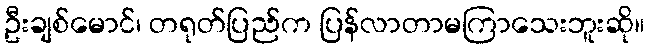
ဦးချစ်မောင်၊ တရုတ်ပြည်က ပြန်လာတာမကြာသေးဘူးဆို။